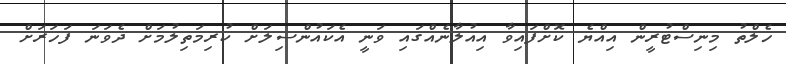
ހެލްތު މިނިސްޓުރީން އިއްޔެ ކޮށްފައިވާ އިއުލާނެއްގައި ވަނީ އެކައުންސިލަށް ކުރިމަތިލުމަށް ދެވަނަ ފަހަރަށް